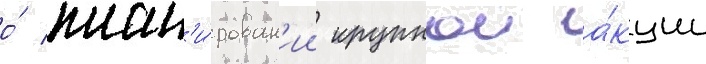
о́ план'и́рован'ии крупнои а́кции